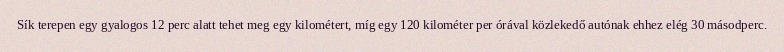
Sík terepen egy gyalogos 12 perc alatt tehet meg egy kilométert, míg egy 120 kilométer per órával közlekedő autónak ehhez elég 30 másodperc.